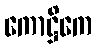
ကောဋ္ဌိကေ